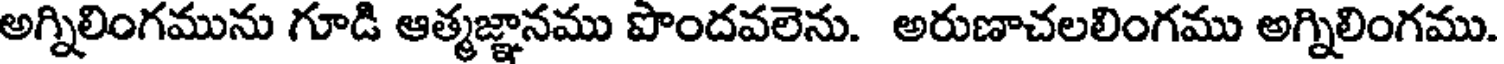
అగ్నిలింగమును గూడి ఆత్మజ్ఞానము పొందవలెను. అరుణాచలలింగము అగ్నిలింగము.